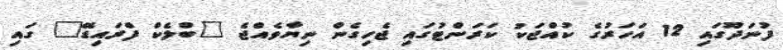
ފުނަދޫގައި 12 އަހަރުގެ ކުއްޖަކު ކަރަންޓުގައި ޖެހިގެން ނިޔާވެއްޖެ "ބްލެކް ފްރައިޑޭ" ގައި